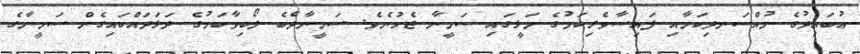
ޢުބައިދުގެ މުއްސަނދިކަމާއި ފައިސާވެރިކަމުގެ މަޅީގައި ސަމީނާ ޖެހުނެވެ. ސަމީނާދެކެ ލޯބިވާކަމުގެ ދަޅަދައްކައިގެން ސަމީނާގެ